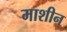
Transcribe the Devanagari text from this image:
माशीन